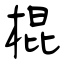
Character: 棍